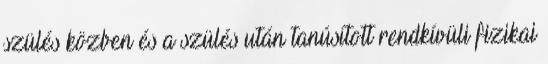
szülés közben és a szülés után tanúsított rendkívüli fizikai